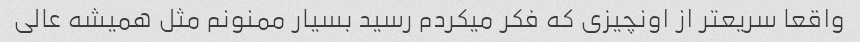
واقعا سریعتر از اونچیزی که فکر میکردم رسید بسیار ممنونم مثل همیشه عالی